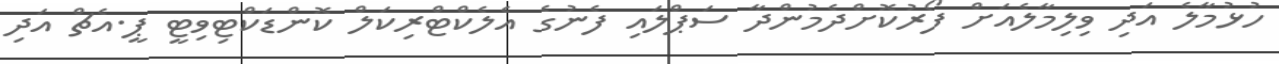
ހުޅުމާލެ އަދި ވިލިމާލެއަށް ފޯރުކޮށްދެމުންދާ ސަޕްލައި ފެނުގެ އެލެކްޓްރިކަލް ކޮންޑަކްޓިވިޓީ ޕީ.އެޗް އަދި